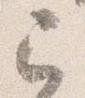
已